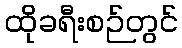
ထိုခရီးစဉ်တွင်